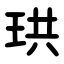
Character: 珙